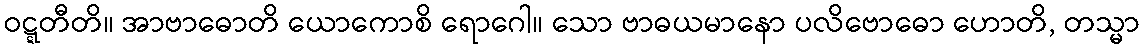
ဝဋ္ဋတီတိ။ အာဗာဓောတိ ယောကောစိ ရောဂေါ။ သော ဗာဓယမာနော ပလိဗောဓော ဟောတိ, တသ္မာ